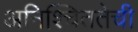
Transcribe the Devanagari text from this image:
अनिश्चिततेची